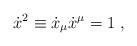
LaTeX: \begin{align*} \dot x^2 \equiv \dot x_\mu \dot x^\mu = 1 \; ,\end{align*}